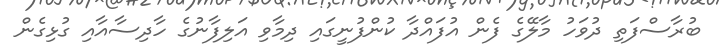
ބުރާސްފަތި ދުވަހު މާލޭގެ ފެން އުފައްދާ ކުންފުނީގައި ދިމާވި އަލިފާނުގެ ހާދިސާއާއި ގުޅިގެން